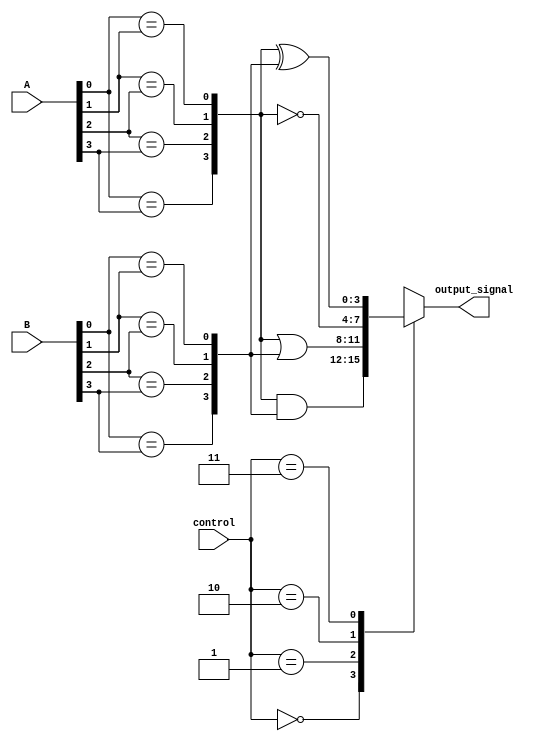
module AdjacencyGroups (
    input wire [3:0] A, // 4 input signals (can be expanded)
    input wire [3:0] B, // 4 input signals (can be expanded)
    input wire [1:0] control, // Control signals for operation selection
    output reg [3:0] output_signal // Output signals
);

    // Internal signals for adjacency detection
    wire [3:0] adjacent_A;
    wire [3:0] adjacent_B;

    // Adjacency detection logic (example: simple equality check)
    assign adjacent_A[0] = (A[0] == A[1]); // Check A[0] and A[1]
    assign adjacent_A[1] = (A[1] == A[2]); // Check A[1] and A[2]
    assign adjacent_A[2] = (A[2] == A[3]); // Check A[2] and A[3]
    assign adjacent_A[3] = (A[0] == A[3]); // Check wrap-around adjacency

    assign adjacent_B[0] = (B[0] == B[1]); // Check B[0] and B[1]
    assign adjacent_B[1] = (B[1] == B[2]); // Check B[1] and B[2]
    assign adjacent_B[2] = (B[2] == B[3]); // Check B[2] and B[3]
    assign adjacent_B[3] = (B[0] == B[3]); // Check wrap-around adjacency

    // Combinational logic based on control signals
    always @(*) begin
        case (control)
            2'b00: output_signal = adjacent_A & adjacent_B; // AND operation
            2'b01: output_signal = adjacent_A | adjacent_B; // OR operation
            2'b10: output_signal = ~adjacent_A; // NOT operation on A
            2'b11: output_signal = adjacent_A ^ adjacent_B; // XOR operation
            default: output_signal = 4'b0000; // Default case
        endcase
    end

endmodule